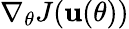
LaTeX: \nabla_{\theta}J(\mathbf{u}(\theta))